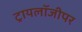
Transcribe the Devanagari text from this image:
ट्रायलॉजीपर